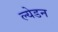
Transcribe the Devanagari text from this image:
ल्येडन